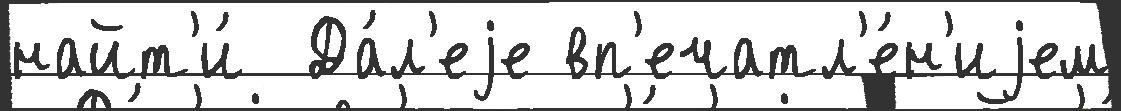
найт'и́  Да́л'еjе вп'ечатл'е́н'иjем